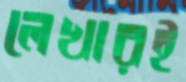
লেখারই